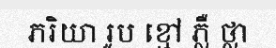
ភរិយា រូប ខ្មៅ ភ្លឺ ថ្លា